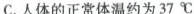
C.人体的正常体温约为37^{\circ}C